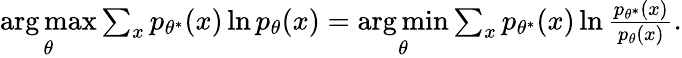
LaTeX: \begin{array}{r}{\underset{\theta}{\arg\operatorname*{max}}\sum_{x}p_{\theta^{*}}(x)\ln p_{\theta}(x)=\underset{\theta}{\arg\operatorname*{min}}\sum_{x}p_{\theta^{*}}(x)\ln\frac{p_{\theta^{*}}(x)}{p_{\theta}(x)}.}\end{array}